Calcutta medical institutions reports 1871-78
Year: 1871
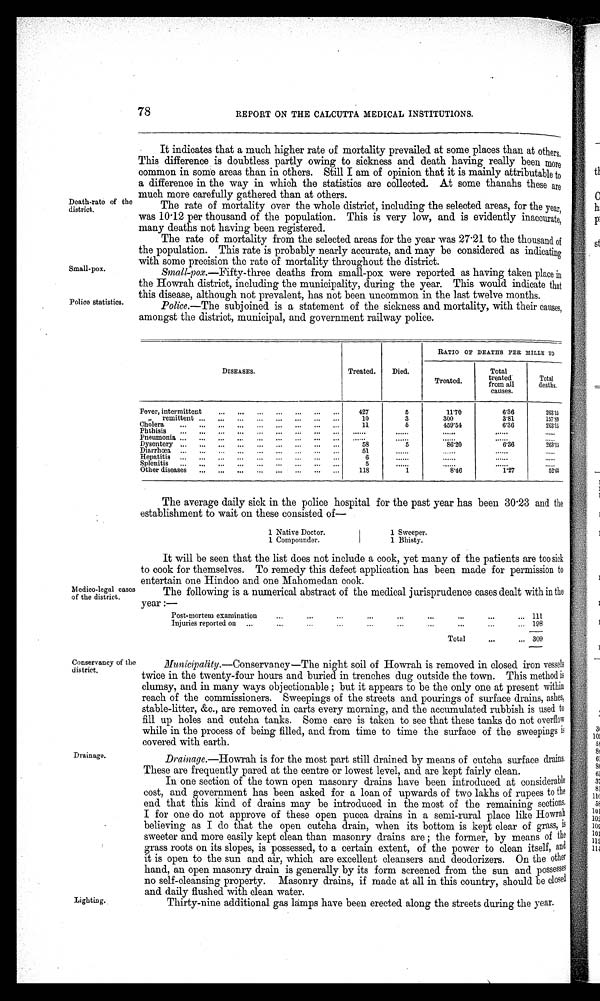
It indicates that a much higher rate of mortality prevailed at some places than at others.
This difference is doubtless partly owing to sickness and death having really been more
common in some areas than in others. Still I am of opinion that it is mainly attributable to
a difference in the way in which the statistics are collected. At some thanahs these are
mirth mcrrn
cni-,11prprl 1-.11a-n
ni-liarq
Death-rate of the
district.
The rate of mortality over the whole district, including the selected areas, for the year,
was 10 . 12 per thousand of the population. This is very low, and is evidently inaccurate,
many deaths not having been registered.
The rate of mortality from the selected areas for the year was 27 .21 to the thousand of
the population. This rate is probably nearly accurate, and may be considered as indicating
with some precision the rate of mortality throughout the district.
Small-pm—Fifty-three deaths from small-pox were reported as having taken place in
the Howrah district, including the municipality, during the year. This would indicate that
this disease, although not prevalent, has not been uncommon in the last twelve months.
Police.---The subjoined is a statement of the sickness and mortality, with their causes,
amongst the district, municipal, and government railway police.
Small-pox.
Police statistics.
78
REPORT ON THE CALCUTTA MEDICAL INSTITUTIONS.
DISEASES.
RATIO OF DEATICS PER MILLE TO
Treated.
Died.
Treated.
Total
treated
from all
causes.
Total
deaths.
Fever, intermittent
...
...
...
...
...
...
...
427
5
11.70
6'36
26315
,
remittent ...
...
...
...
...
...
...
...
10
3
300
3'81
157'29
Cholera
11
5
459'54
6'36
26315
P
Phthisis
neumonia, ...
...
...
......
......
Dysentery ...
...
...
...
...
...
...
...
...
58
5
86'20
6'36
263'15
Diarrhoea
51
Hepatitis ...
.„
..,
..,
„,
..,
...
...
..,
6
Splenitis
5
Other diseases
...
...
...
...
...
...
...
...
118
1
8'46
117
52'63
Medico-legal cases
of the district.
The average daily sick in the police hospital for the past year has been 30 .23 and the
establishment to wait on these consisted of-
1 Native Doctor.
1 Sweeper.
1 Compounder.
1 Bhisty.
It will be seen that the list does not include a cook, yet many of the patients are too sick
to cook for themselves. To remedy this defect application has been made for permission to
entertain one Hindoo and one Mahomedan cook.
The following is a numerical abstract of the medical jurisprudence cases dealt with in the
year :—
...
...
Post-mortem examination
...
...
...
...
...
...
... 111
Injuries reported on
...
...
...
...
...
...
...
... 198
Total
...
... 309
Conservancy of the
district.
Drainage.
Lighting.
Municipality.—Conservancy—The night soil of Howrah is removed in closed iron vessels
twice in the twenty-four hours and buried in trenches dug outside the town. This method is
clumsy, and in many ways objectionable ; but it appears to be the only one at present within
reach of the commissioners. Sweepings of the streets and pourings of surface drains, ashes,
stable-litter, &c., are removed in carts every morning, and the accumulated rubbish is used to
fill up holes and cutcha tanks. Some care is taken to see that these tanks do not overflow
while in the process of being filled, and from time to time the surface of the sweepings is
covered with earth.
Drainage.—Howrah is for the most part still drained by means of cutcha surface drains.
These are frequently pared at the centre or lowest level, and are kept fairly clean.
In one section of the town open masonry drains have been introduced at considerable
cost, and government has been asked for a loan of upwards of two lakhs of rupees to the
end that this kind of drains may be introduced in the most of the remaining sections.
I for one do not approve of these open puma drains in a semi-rural place like Howrah
believing as I do that the open cutcha drain, when its bottom is kept clear of grass, is
sweeter and more easily kept clean than masonry drains are ; the former, by means of the
grass roots on its slopes, is possessed, to a certain extent, of the power to clean itself, and
it is open to the sun and air, which are excellent cleansers and deodorizers. On the other
hand, an open masonry drain is generally by its form screened from the sun and possesses
no self-cleansing property. Masonry drains, if made at all in this country, should be closed
and daily flushed with clean water.
Thirty-nine additional gas lamps have been erected along the streets during the year.
•